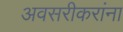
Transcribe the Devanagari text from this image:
अवसरीकरांना